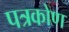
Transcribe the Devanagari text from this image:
पत्रकोण